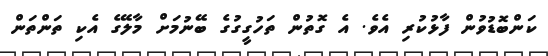
ކަންބޮޑުވުން ފާޅުކުރި އެވެ. އެ ގޮތުން ތަހުގީގުގެ ބޭނުމަށް މާލޭގެ އެކި ތަންތަން